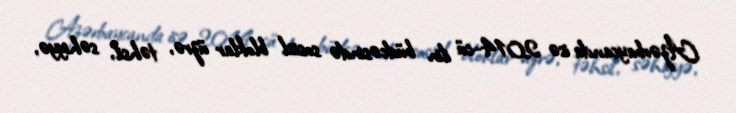
Azərbaycanda isə 2014-cü ilin büdcəsində sosial bloklar üzrə, təhsil, səhiyyə,